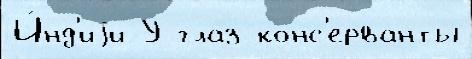
И́нд'иjи У глаз конс'ерванты